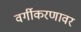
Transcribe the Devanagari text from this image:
वर्गीकरणावर